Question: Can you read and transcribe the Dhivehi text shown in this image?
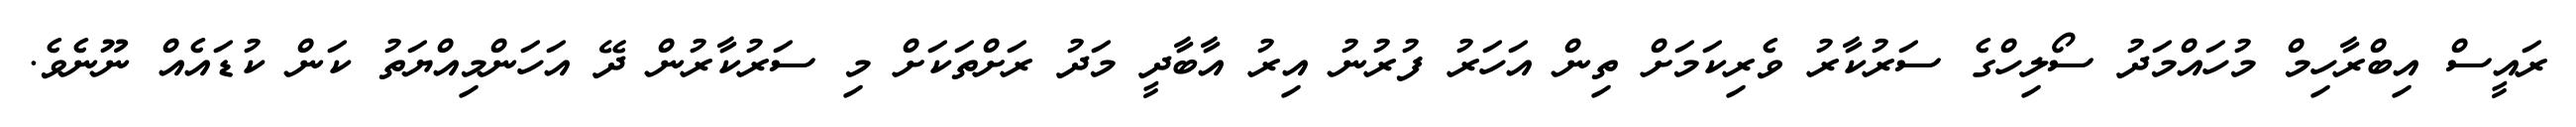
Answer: ރައީސް އިބްރާހިމް މުހައްމަދު ސޯލިހްގެ ސަރުކާރު ވެރިކަމަށް ތިން އަހަރު ފުރުނު އިރު އާބާދީ މަދު ރަށްތަކަށް މި ސަރުކާރުން ދޭ އަހަންމިއްޔަތު ކަން ކުޑައެއް ނޫނެވެ.